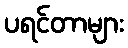
ပရင်တာများ